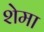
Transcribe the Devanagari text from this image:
शेमा